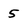
Character: 5